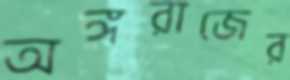
অঙ্গরাজের